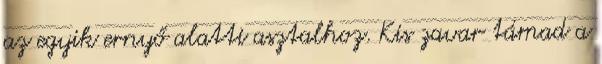
az egyik ernyő alatti asztalhoz. Kis zavar támad a